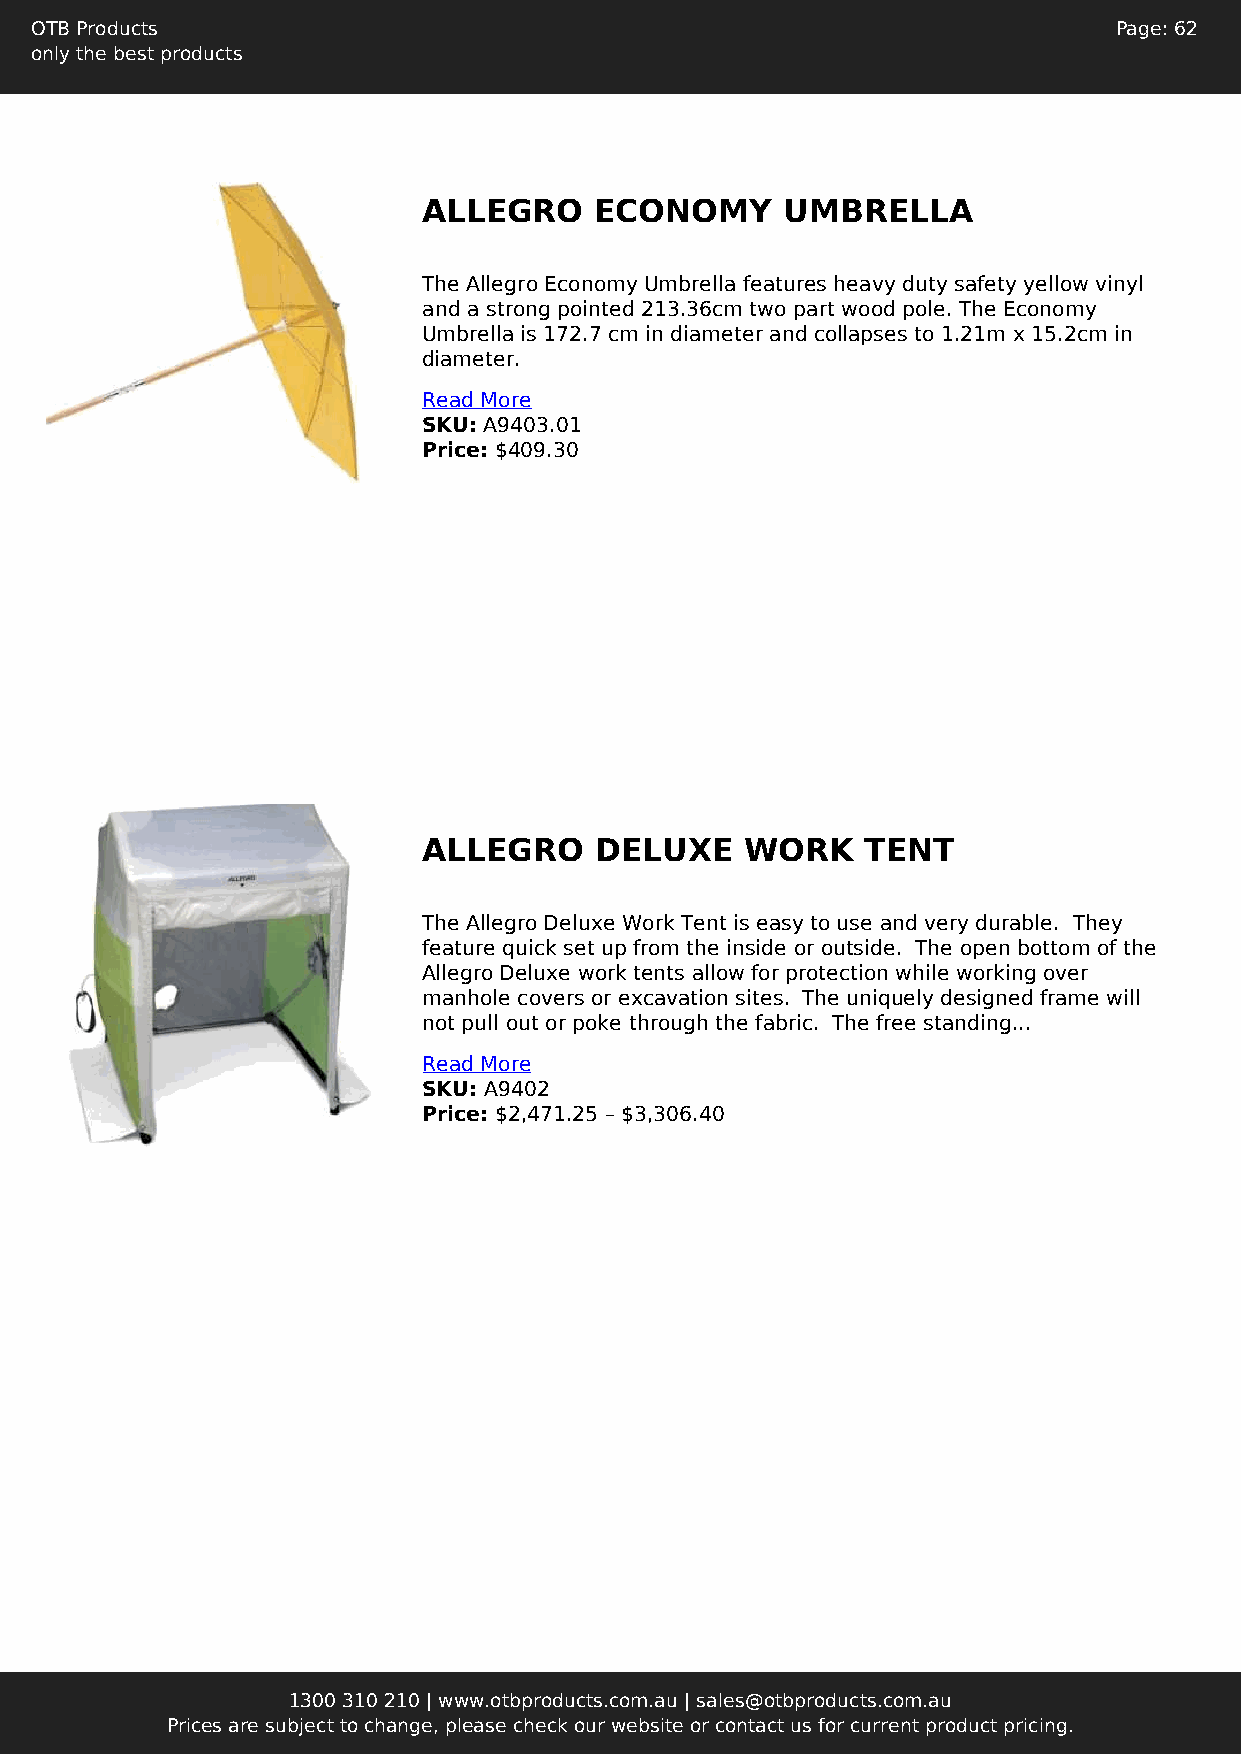
OTB Products                                                            Page: 62
 only the best products
 ALLEGRO    ECONOMY      UMBRELLA
 The Allegro Economy Umbrella features heavy duty safety yellow vinyl
 and a strong pointed 213.36cm two part wood pole. The Economy
 Umbrella is 172.7 cm in diameter and collapses to 1.21m x 15.2cm in
 diameter.
 Read More
 SKU: A9403.01
 Price: $409.30
 ALLEGRO    DELUXE    WORK    TENT
 The Allegro Deluxe Work Tent is easy to use and very durable. They
 feature quick set up from the inside or outside. The open bottom of the
 Allegro Deluxe work tents allow for protection while working over
 manhole covers or excavation sites. The uniquely designed frame will
 not pull out or poke through the fabric. The free standing...
 Read More
 SKU: A9402
 Price: $2,471.25 – $3,306.40
 1300 310 210 | www.otbproducts.com.au | sales@otbproducts.com.au
 Prices are subject to change, please check our website or contact us for current product pricing.